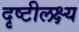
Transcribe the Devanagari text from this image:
दृष्टीलक्ष्य